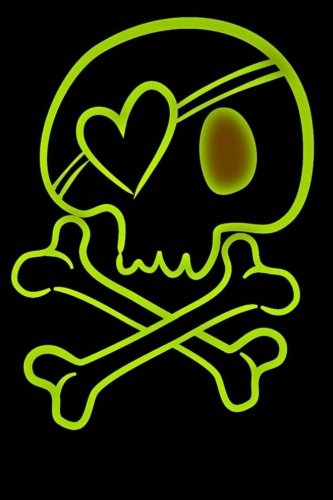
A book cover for Green Skull and Crossbones Journal: 160 Page Lined Journal/Notebook; Mahtava Journals; Literature & Fiction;